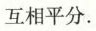
互相平分.